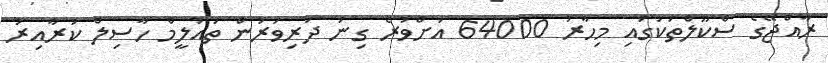
ރާއްޖޭގެ ސްކޫލްތަކުގައި މިހާރު 64000 އަށްވުރެ ގިނަ ދަރިވަރުން ތައުލީމް ހާސިލް ކުރާއިރު